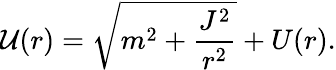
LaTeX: {\cal U}(r)=\sqrt{m^{2}+\frac{J^{2}}{r^{2}}}+U(r).